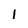
Character: 1